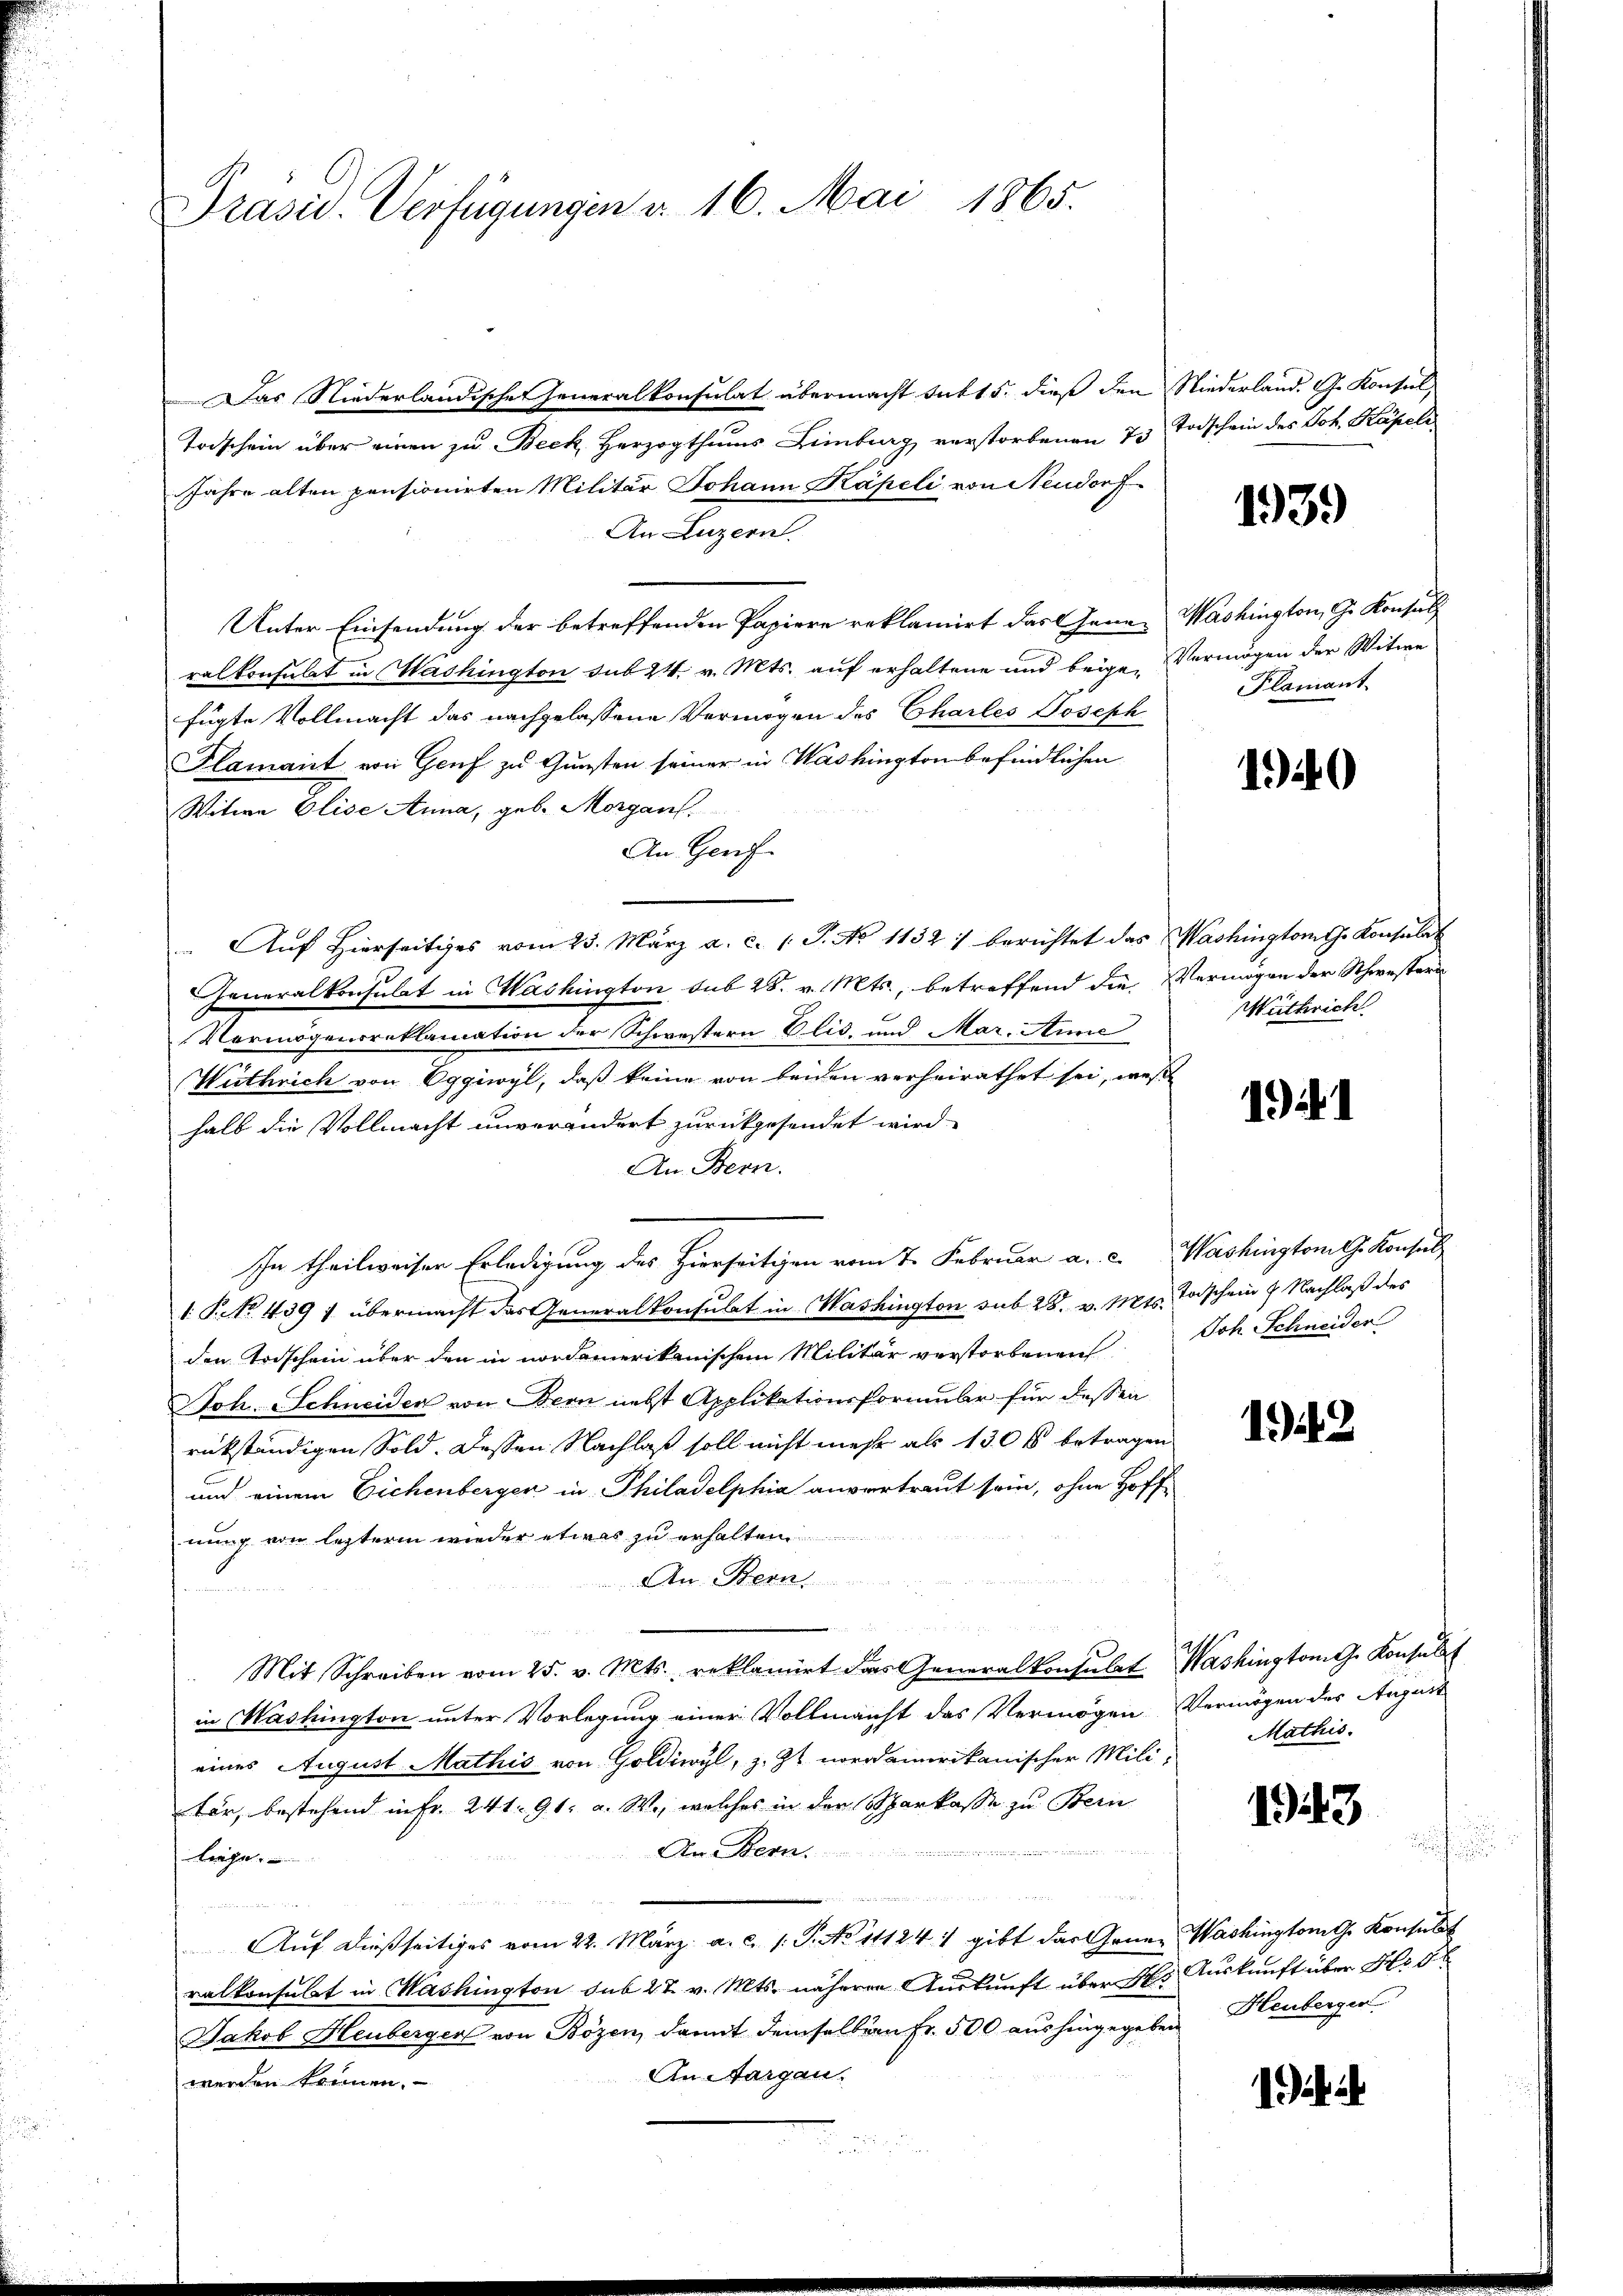
Präsid. Verfügungen u. 16. Mai 1865.

Das Niederländische Generalkonsulat übermacht satt 5. dieß den Niederland. G. Konsul,
Todschein über einen zu Beck, Herzogthums Limburg verstorbenen 73
Jahre alten pensionirten Militär Johann Kapeli, von Neudorf
An Luzern
Unter Einsendung der betreffenden Papiere reklamirt das Gene Washington, G. Konsul
ralkonsulat in Washington sub 24. v. Mts. auf erhaltene und beige-Vermögen der Witwe
fügte Vollmacht das nachgelassene Vermögen des Chailes Joseph
Glamant von Genf zu Gunsten seiner in Washington befindlichen
Witwe Elise Anna, geb. Morgans.
An Genf
Auf Hierseitiges vom 25. März a. c. (T. No 1132/ berichtet das Washingtomth. Konsulat
Generalkonsulat in Washington sub 28. v. Mts., betreffend die Vermögen der Schwestern
Vermögensreklamation der Schwestern Elis. und Mar. Anne
Wuthrich von Eggiwyl, daß keine von beiden verheirathet sei, wes
halb die Vollmacht unverändert zurückgesendet wird.
An Bern.
In theilweiser Erledigung des Hierseitigen vom 7. Februar a. c. Washington G. Konsul
1. P. No. 439 : übermacht das Generalkonsulat in Washington sub 28. v. Mts. Todschein 9 Nachlaß des
den Todschein über den in nordamerikanischem Militär verstorbenen Joh. Schneider
Joh. Schneider von Bern nebst Applikationsformubr für dessen
rückständigen Sold. Dessen Nachlaß soll nicht mehr als 130 f betragen
und einem Eichenbergen in Philadelphia anvertraut sein, ohne Hoffnung von lezterm wieder etwas zu erhalten
An Bern.
.
Mit Schreiben vom 25. v. Mts. reklamiert das Generalkonsulat Washingtong. Konsult
in Mashington unter Vorlegung einer Vollmacht das Vermögen Vermögen des August
eines August Mathis von Goldiwyl, z. Zt. nordamerikanischer Mili-
ter, bestehend in Fr. 241. 91. a. W., welches in der Sparkasse zu Bein
2
An Bern.
Liege
8
n

Auf dießseitiges vom 22. März a. c. /: P. No 11124 1 gibt das Gener Washingtonte Konsulat
ralkonsulat in Washington sub 27. v. Mts. näheren Auskunft über H. Auskunft über No. 58
Jakob Heuberger von Bözen, damit demselbern Fr. 500 aushingegeben Heubergen
An Aargau.
werden können.

Todschein des Joh. Kapel

1939)

Plamant.

19

Wüthwich

1) i

1942

Mathis

143

i